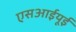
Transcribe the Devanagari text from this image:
एसआईयूई